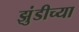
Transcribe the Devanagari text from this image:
झुंडीच्या